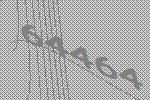
64464